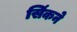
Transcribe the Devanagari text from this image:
सिंकने